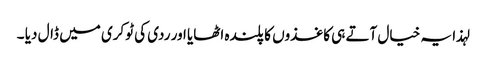
لہذا یہ خیال آتے ہی کاغذوں کا پلندہ اٹھایا اور ردی کی ٹوکری میں ڈال دیا ۔